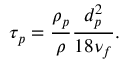
\tau _ { p } = \frac { \rho _ { p } } { \rho } \frac { d _ { p } ^ { 2 } } { 1 8 \nu _ { f } } .